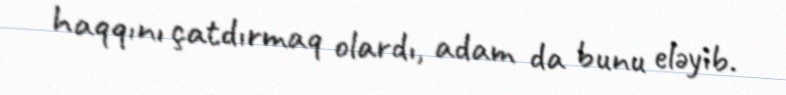
haqqını çatdırmaq olardı, adam da bunu eləyib.